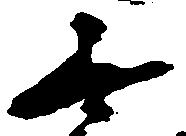
無